Civil Veterinary Dept. Bombay admin report 1907-1913 - 1907-1913
Year: 1907
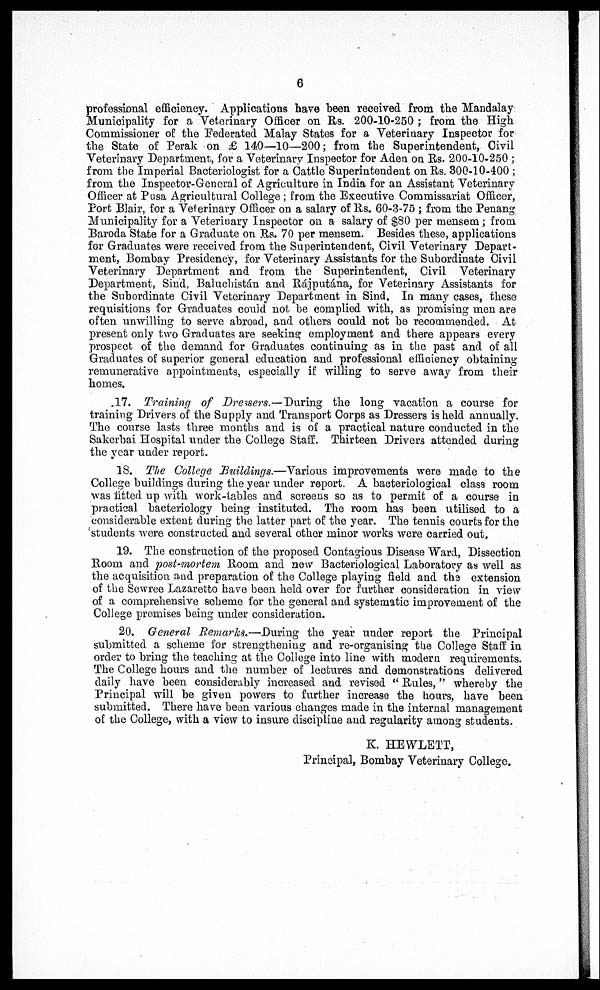
6
professional efficiency. Applications have been received from the Mandalay
Municipality for a Veterinary Officer on Rs. 200-10-250 ; from the High
Commissioner of the Federated Malay States for a Veterinary Inspector for
the State of Perak on £ 140—10—200; from the Superintendent, Civil
Veterinary Department, for a Veterinary Inspector for Aden on Rs. 200-10-250 ;
from the Imperial Bacteriologist for a Cattle Superintendent on Rs. 300-10-400 ;
from the Inspector-General of Agriculture in India for an Assistant Veterinary
Officer at Pusa Agricultural College ; from the Executive Commissariat Officer,
Port Blair, for a Veterinary Officer on a salary of Rs. 60-3-75 ; from the Penang
Municipality for a Veterinary Inspector on a salary of $80 per mensem; from
Baroda State for a Graduate on Rs. 70 per mensem. Besides these, applications
for Graduates were received from the Superintendent, Civil Veterinary Depart-
ment, Bombay Presidency, for Veterinary Assistants for the Subordinate Civil
Veterinary Department and from the Superintendent, Civil Veterinary
Department, Sind, Baluchistán and Rájputána, for Veterinary Assistants for
the Subordinate Civil Veterinary Department in Sind. In many cases, these
requisitions for Graduates could not be complied with, as promising men are
often unwilling to serve abroad, and others could not be recommended. At
present only two Graduates are seeking employment and there appears every
prospect of the demand for Graduates continuing as in the past and of all
Graduates of superior general education and professional efficiency obtaining
remunerative appointments, especially if willing to serve away from their
homes.
17. Training of Dressers.-—During the long vacation a course for
training Drivers of the Supply and Transport Corps as Dressers is held annually.
The course lasts three months and is of a practical nature conducted in the
Sakerbai Hospital under the College Staff. Thirteen Drivers attended during
the year under report.
18. The College Buildings.—Various improvements were made to the
College buildings during the year under report. A bacteriological class room
was fitted up with work-tables and screens so as to permit of a course in
practical bacteriology being instituted. The room has been utilised to a
considerable extent during the latter part of the year. The tennis courts for the
students were constructed and several other minor works were carried out.
19. The construction of the proposed Contagious Disease Ward, Dissection
Room and post-mortem Room and now Bacteriological Laboratory as well as
the acquisition and preparation of the College playing field and the extension
of the Sewree Lazaretto have been held over for further consideration in view
of a comprehensive scheme for the general and systematic improvement of the
College premises being under consideration.
20. General Remarks.—During the year under report the Principal
submitted a scheme for strengthening and re-organising the College Staff in
order to bring the teaching at the College into line with modern requirements.
The College hours and the number of lectures and demonstrations delivered
daily have been considerably increased and revised " Rules, " whereby the
Principal will be given powers to further increase the hours, have been
submitted. There have bean various changes made in the internal management
of the College, with a view to insure discipline and regularity among students.
K. HEWLETT,
Principal, Bombay Veterinary College.